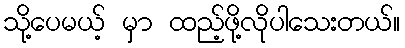
သို့ပေမယ့် မှာ ထည့်ဖို့လိုပါသေးတယ်။